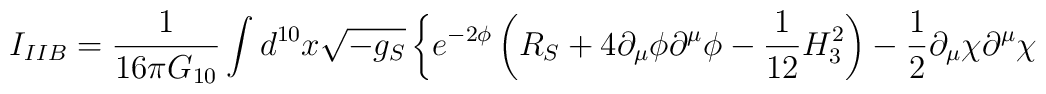
I_{IIB}={1\over 16\pi G_{10}}\int d^{10}x \sqrt{-g_S}\left\{e^{-2\phi}\left(R_S +4 \partial_\mu \phi \partial^\mu \phi - {1\over 12}H_3^2\right) -{1\over 2}\partial_\mu \chi \partial^\mu \chi\right.